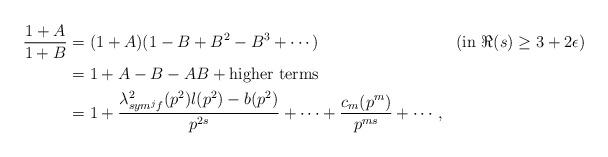
LaTeX: \begin{align*}\frac{1+A}{1+B}&=(1+A)(1-B+B^{2}-B^{3}+\cdots) &&(\mbox{in $\Re(s)\geq 3+2\epsilon$}) \\&=1+A-B-AB+ \mbox{higher terms} \\&=1+\frac{\lambda^{2}_{sym^{j}f}(p^{2})l(p^{2})-b(p^{2})}{p^{2s}}+\cdots+\frac{c_{m}(p^{m})}{p^{ms}}+\cdots,\end{align*}